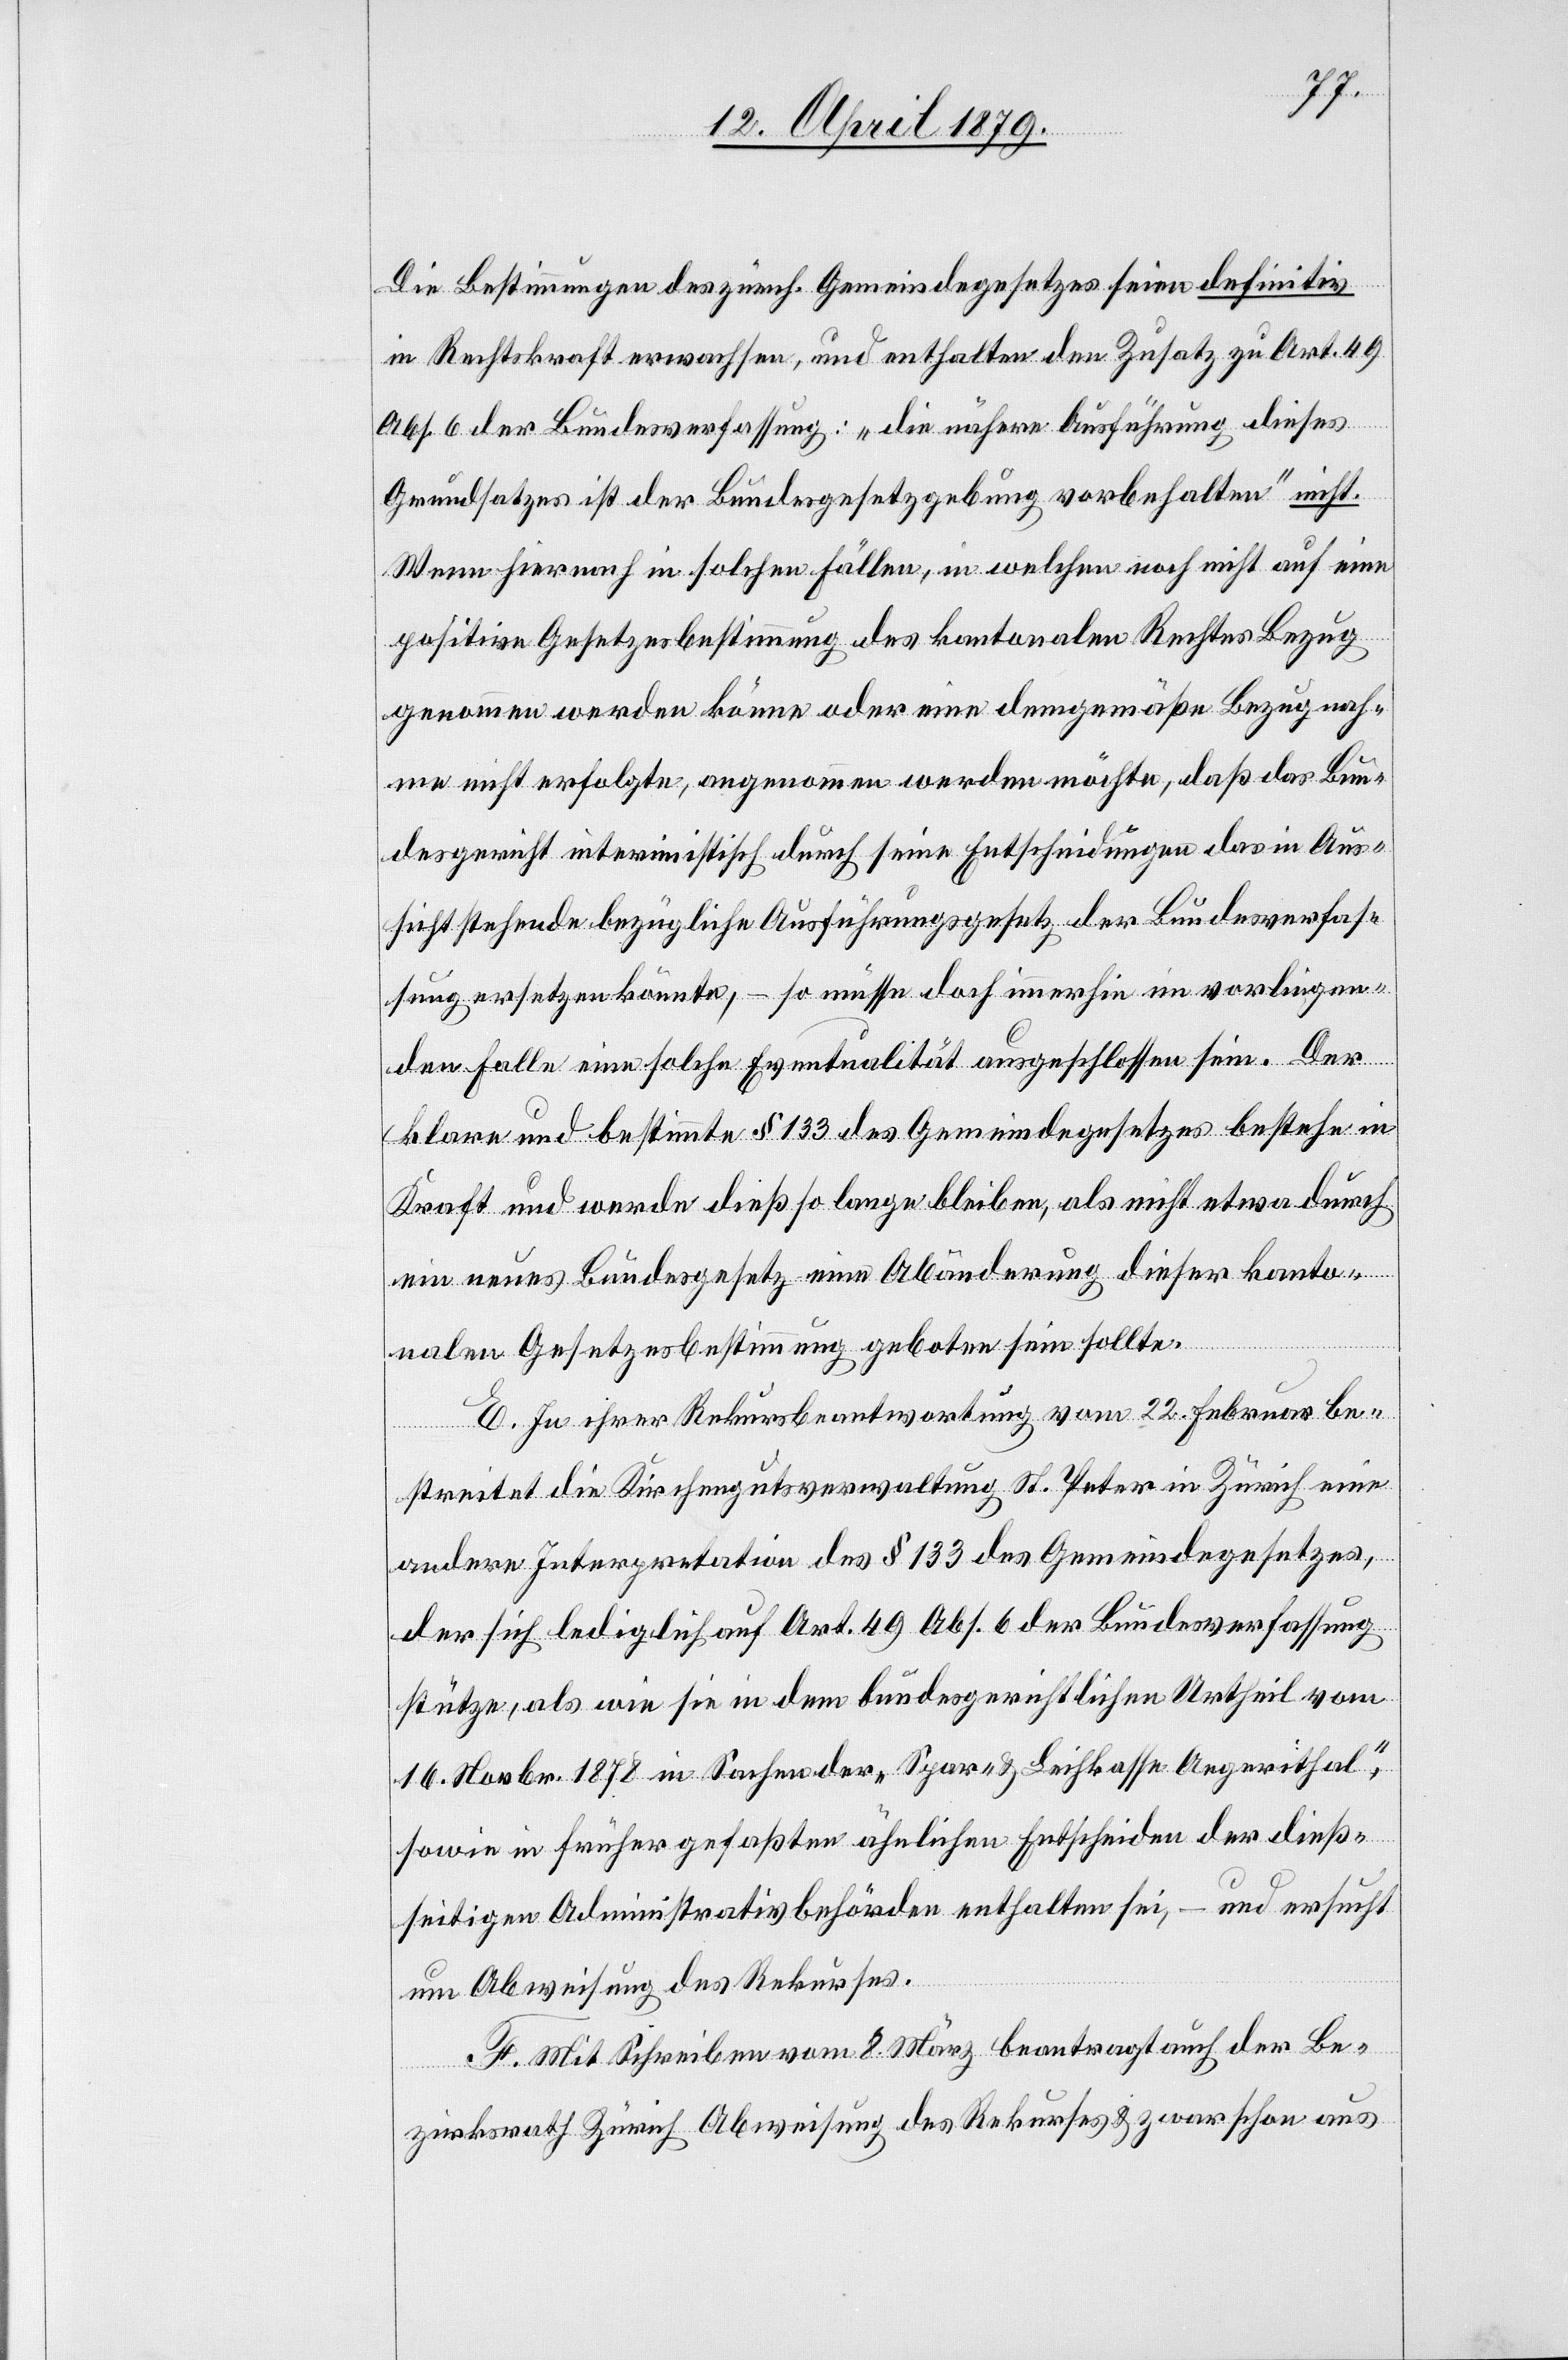
Die Bestimmungen des zürch. Gemeindegesetzes seien definitiv
in Rechtskraft erwachsen, und enthalten den Zusatz zu Art. 49
Abs. 6 der Bundesverfassung: „die nähere Ausführung dieses
Grundsatzes ist der Bundesgesetzgebung vorbehalten“ nicht.
Wenn hiernach in solchen Fällen, in welchen noch nicht auf eine
positive Gesetzesbestimmung des kantonalen Rechtes Bezug
genommen werden könne oder eine demgemäße Bezugnah¬
me nicht erfolgte, angenommen werden möchte, daß das Bun¬
desgericht interimistisch durch seine Entscheidungen das in Aus¬
sicht stehende bezügliche Ausführungsgesetz der Bundesverfas¬
sung ersetzen könnte, – so müsse doch immerhin im vorliegen¬
den Fall eine solche Eventualität ausgeschlossen sein. Der
klare und bestimmte § 133 des Gemeindegesetzes bestehe in
Kraft und werde dieß so lange bleiben, als nicht etwa durch
ein neues Bundesgesetz eine Abänderung dieser kanto¬
nalen Gesetzesbestimmung geboten sein sollte.
E. In ihrer Rekursbeantwortung vom 22. Februar be¬
streitet die Kirchengutsverwaltung St. Peter in Zürich eine
andere Interpretation des § 133 des Gemeindegesetzes,
der sich lediglich auf Art. 49 Abs. 6 der Bundesverfassung
stütze, als wie sie in dem bundesgerichtlichen Urtheil vom
16. Novbr. 1878 in Sachen der „Spar- & Leihkasse Aegerithal“,
sowie in früher gefaßten ähnlichen Entscheiden der dieß¬
seitigen Administrativbehörden enthalten sei, – und ersucht
um Abweisung des Rekurses.
F. Mit Schreiben vom 8. März beantragt auch der Be¬
zirksrath Zürich Abweisung des Rekurses & zwar schon aus